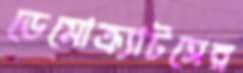
ডেমোক্র্যাটসের